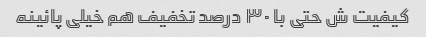
کیفیت ش حتی با ۳۰ درصد تخفیف هم خیلی پائینه